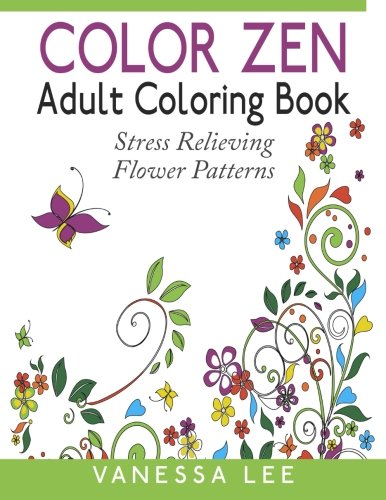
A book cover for Color Zen Adult Coloring Book: Stress Relieving Flower Patterns; Vanessa Lee; Crafts, Hobbies & Home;